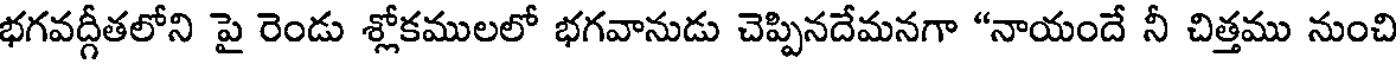
భగవద్గీతలోని పై రెండు శ్లోకములలో భగవానుడు చెప్పినదేమనగా "నాయందే నీ చిత్తము నుంచి